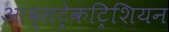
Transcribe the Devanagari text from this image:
आब्सट्रेकट्रिशियन